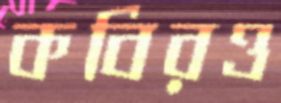
কবিরও